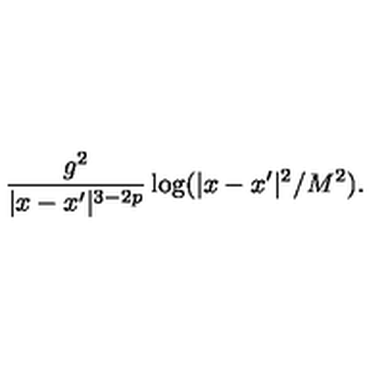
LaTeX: \frac { g ^ { 2 } } { | x - x ^ { \prime } | ^ { 3 - 2 p } } \log ( | x - x ^ { \prime } | ^ { 2 } / { M ^ { 2 } } ) .